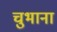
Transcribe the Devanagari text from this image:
चुभाना